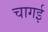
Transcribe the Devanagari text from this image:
चागई